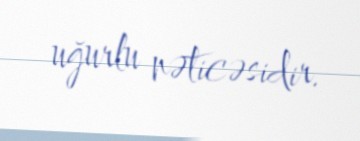
uğurlu nəticəsidir.